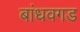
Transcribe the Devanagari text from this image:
बांधवगड